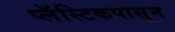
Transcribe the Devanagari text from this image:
प्लॅस्टिकपासून